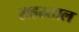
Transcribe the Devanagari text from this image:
सहस्र्ताल